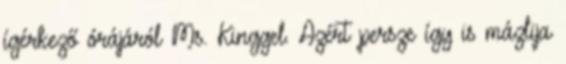
ígérkező órájáról Ms. Kinggel. Azért persze így is mázlija